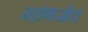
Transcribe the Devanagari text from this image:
म्हंणजेच